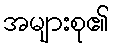
အများစု၏